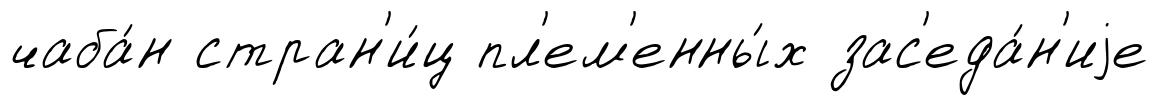
чаба́н стран'и́ц пл'ем'енны́х зас'еда́н'иjе